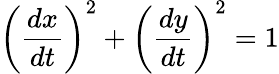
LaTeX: \left({\frac{dx}{dt}}\right)^{2}+\left({\frac{dy}{dt}}\right)^{2}=1